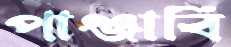
পাঞ্জাবি